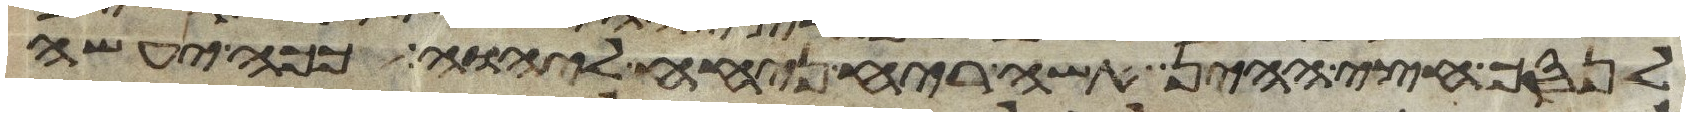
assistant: לנסך חצי ההין אשה ריח ניחח ליהוה ככה יעשה